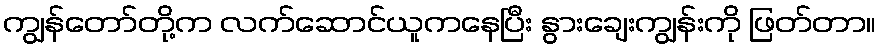
ကျွန်တော်တို့က လက်ဆောင်ယူကနေပြီး နွားချေးကျွန်းကို ဖြတ်တာ။